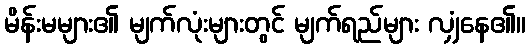
မိန်းမများ၏ မျက်လုံးများတွင် မျက်ရည်များ လျှံနေ၏။